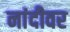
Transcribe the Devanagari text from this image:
नांदीवर